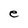
Character: e